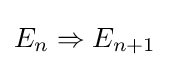
E_{n}\Rightarrow E_{n+1}